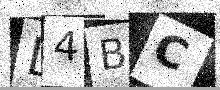
Text: L4BC